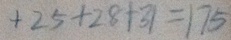
+ 2 5 + 2 8 + 3 1 = 1 7 5